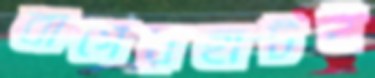
বাগেরহাটই